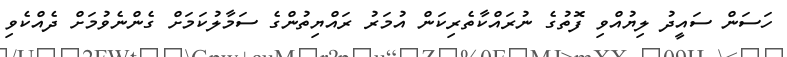
ހަސަން ސައީދު ލިޔުއްވި ފޮތުގެ ނުރައްކާތެރިކަން އުމަރު ރައްޔިތުންގެ ސަމާލުކަމަށް ގެންނެވުމަށް ދެއްކެވި